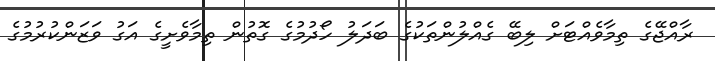
ރާއްޖޭގެ ތިމާވެއްޓަށް ލިބޭ ގެއްލުންތަކުގެ ބަދަލު ހޯދުމުގެ ގޮތުން ތިމާވެށީގެ އަގު ވަޒަންކުރުމުގެ